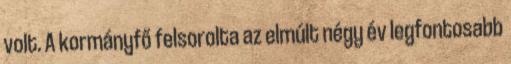
volt. A kormányfő felsorolta az elmúlt négy év legfontosabb